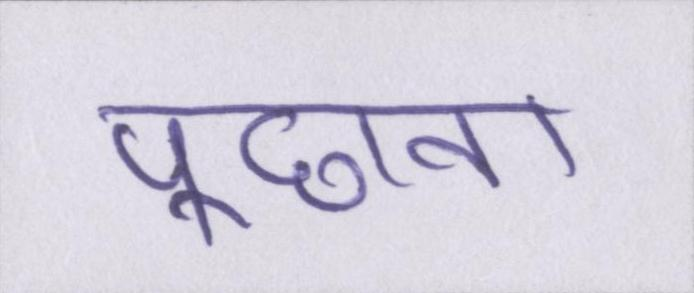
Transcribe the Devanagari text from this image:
पूछना